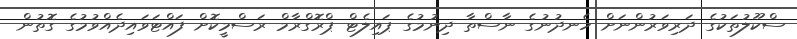
ސްކޫލުތަކުގެ ދަރިވަރުންނަށް ހެނދުނުގެ ނާސްތާ ދިނުމުގެ ޕައިލެޓް ޕްރޮގްރާމް ރަސްމީކޮށް ފައްޓަވައިދެއްވުމުގެ ގޮތުން